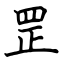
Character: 罡